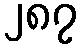
၂၈၇